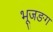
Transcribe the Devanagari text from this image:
भूजङग